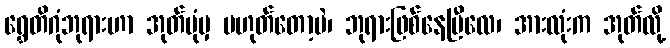
ရွှေတိဂုံဘုရားဟာ အုတ်ပုံမှ မဟုတ်တော့ပဲ၊ ဘုရားဖြစ်နေပြီလေ၊ အားလုံးက အုတ်လို့